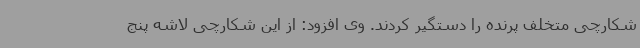
شکارچی متخلف پرنده را دستگیر کردند. وی افزود: از این شکارچی لاشه پنج